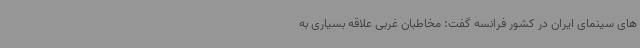
های سینمای ایران در کشور فرانسه گفت: مخاطبان غربی علاقه بسیاری به